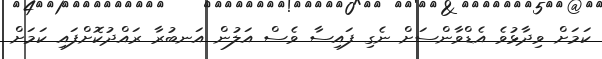
ކަމަށް ވިދާޅުވެ އެޑްވާންސަށް ނެގި ފައިސާ ވެސް އަލުން އަނބުރާ ރައްދުކޮށްފައި ކަމަށް